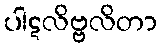
ပါဋလိဗ္ဗလိတာ